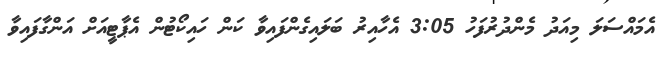
އެމައްސަލަ މިއަދު މެންދުރުފަހު 3:05 އެހާއިރު ބަލައިގެންފައިވާ ކަން ހައިކޯޓުން އެޕާޓީއަށް އަންގާފައިވާ